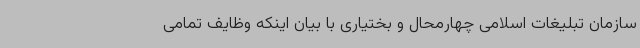
سازمان تبلیغات اسلامی چهارمحال و بختیاری با بیان اینکه وظایف تمامی